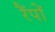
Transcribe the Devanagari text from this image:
रैंपों